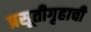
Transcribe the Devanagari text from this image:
प्रसूतीगृहाची